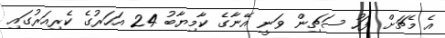
އެ މެޗަށް ފަހު ސަޗިން ވަނީ އޭނާގެ ކާމިޔާބު 24 އަހަރުގެ ކެރިއަރުގައި